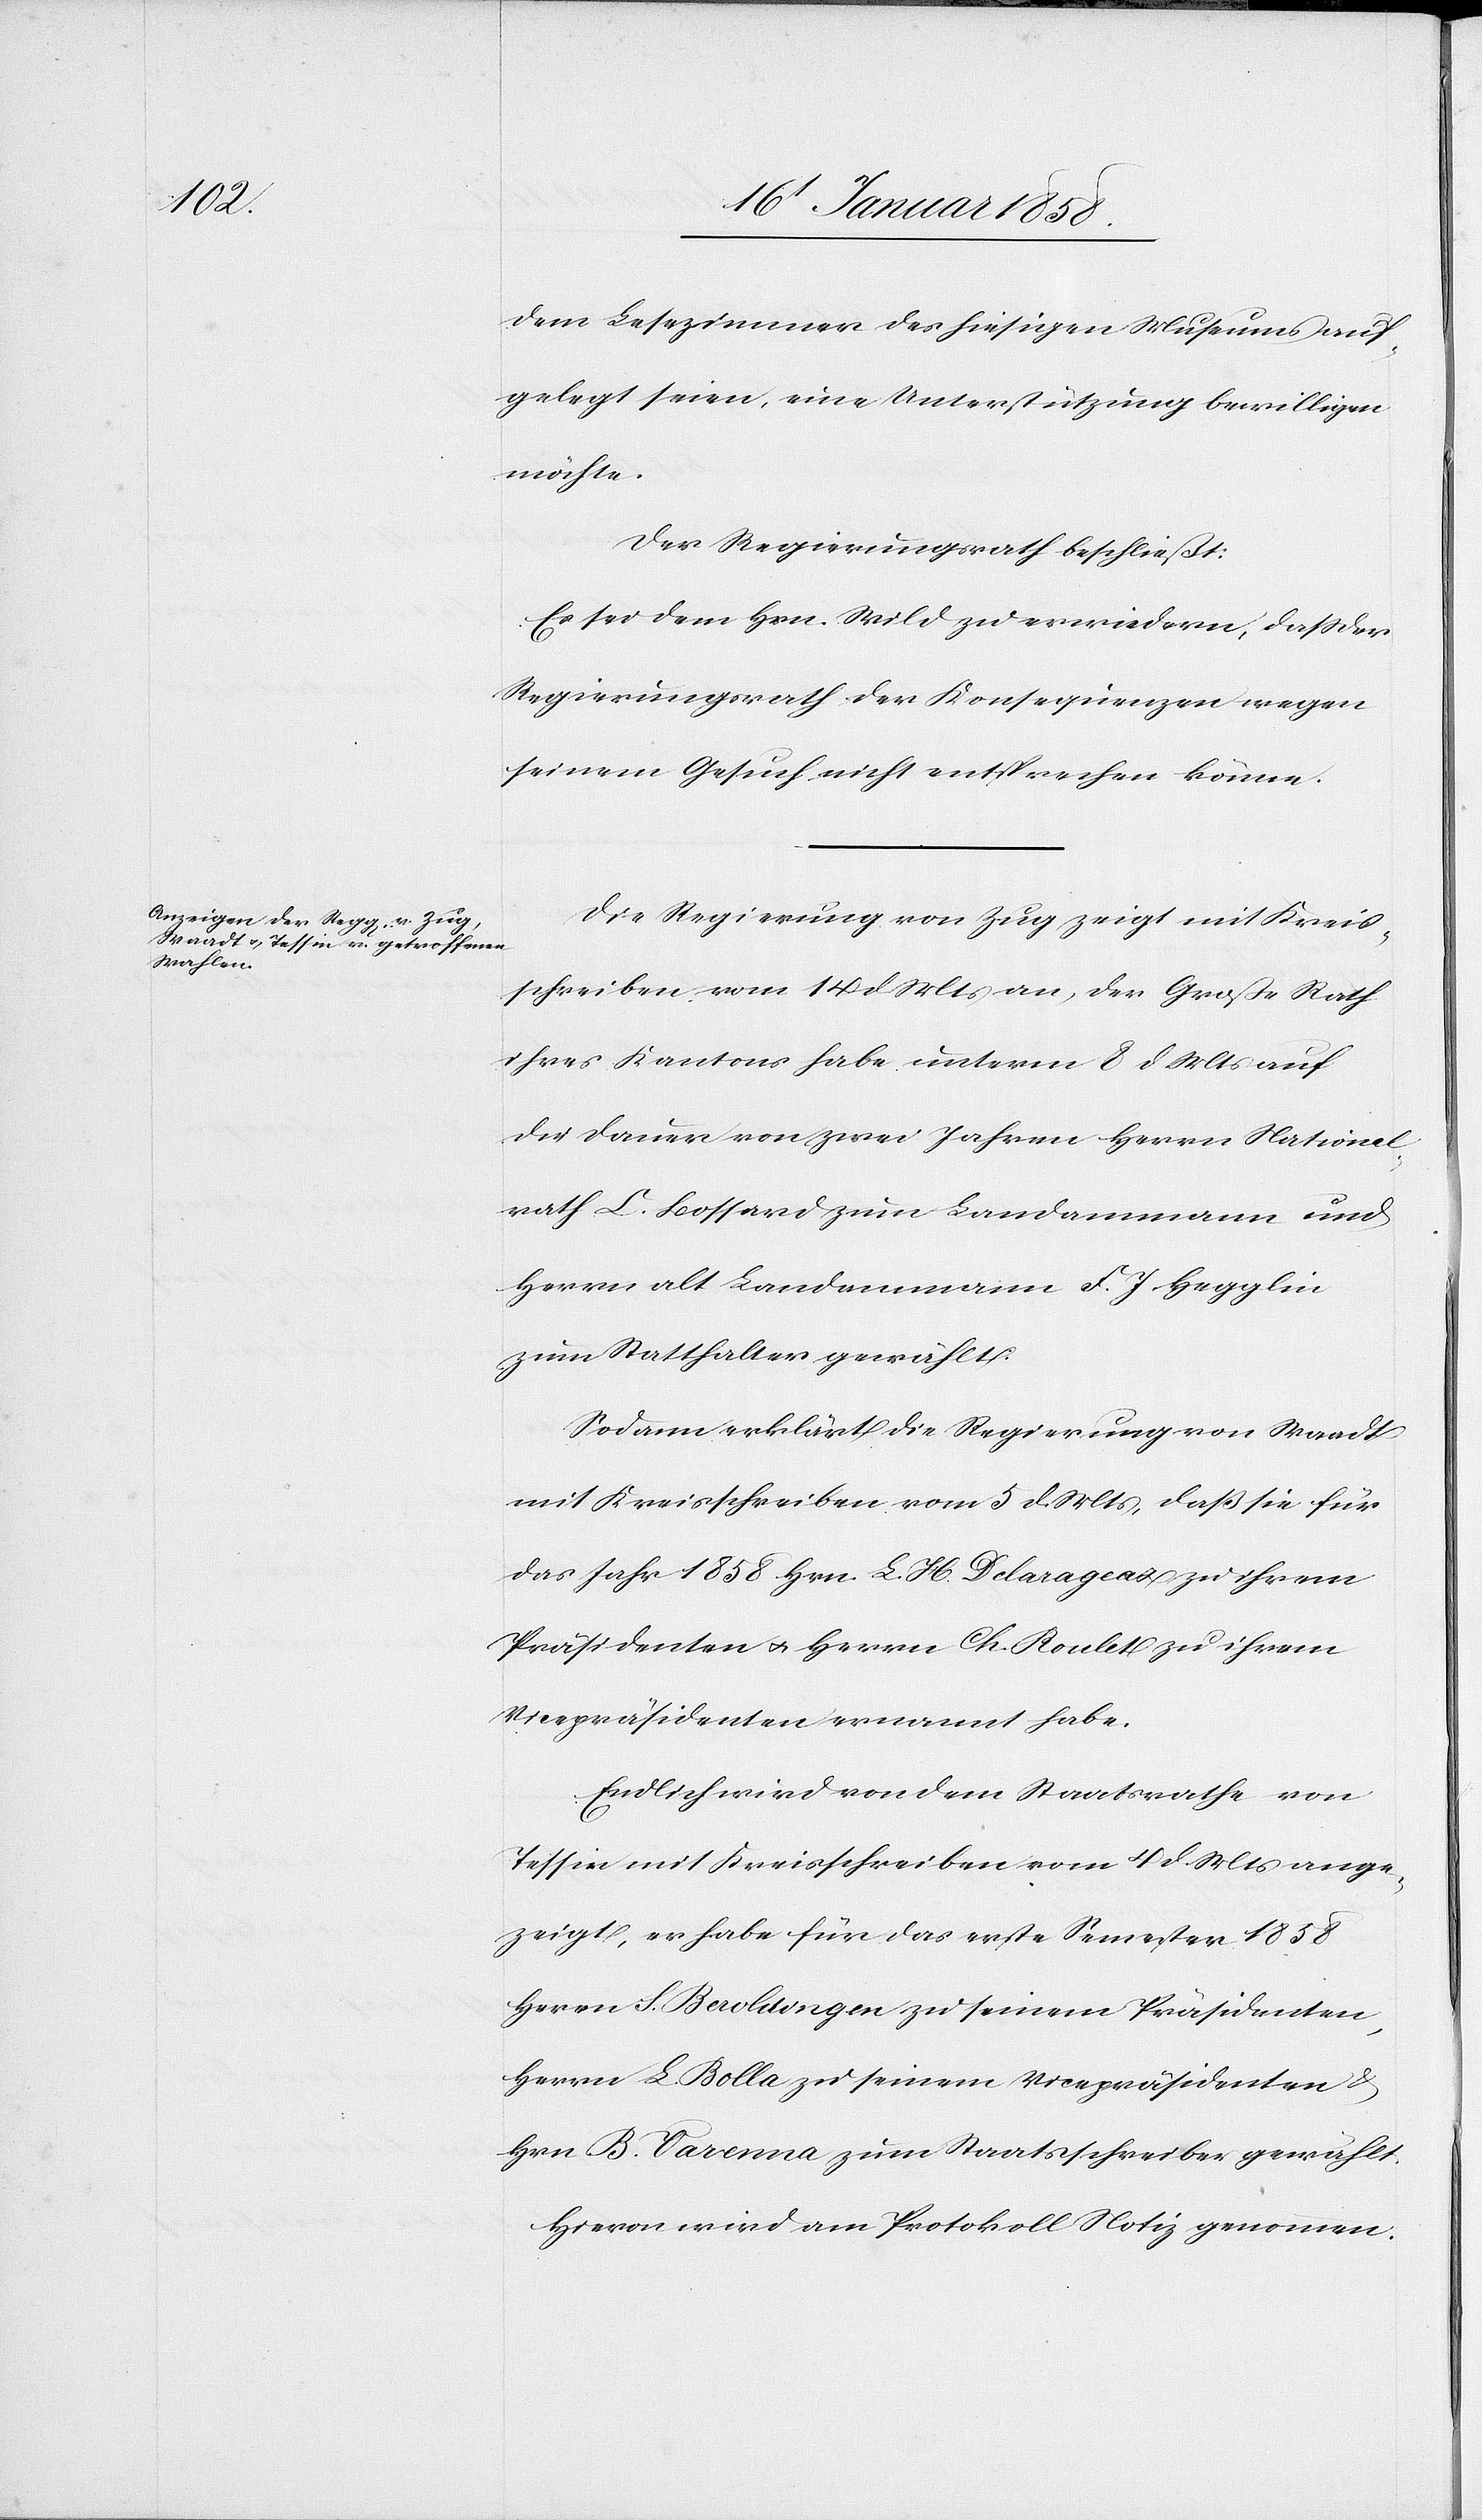
dem Lesezimmer des hiesigen Museums auf¬
gelegt seien, eine Unterstützung bewilligen
möchte.
Der Regierungsrath beschließt:
Es sei dem Hrn. Wild zu erwiedern, daß der
Regierungsrath der Konsequenzen wegen
seinem Gesuch nicht entsprechen könne.
Die Regierung von Zug zeigt mit Kreis¬
schreiben vom 14 d Mts an, der Große Rath
ihres Kantons habe unterm 8 d Mts auf
die Dauer von zwei Jahren Herrn National¬
rath C. Bossard zum Landammann und
Herrn alt Landammann F. J. Hegglin
zum Statthalter gewählt.
Sodann erklärt die Regierung von Waadt
mit Kreisschreiben vom 5 d Mts, daß sie für
das Jahr 1858 Hrn. L. H. Delarageaz zu ihrem
Präsidenten u. Herrn Ch. Roulet zu ihrem
Vicepräsidenten ernannt habe.
Endlich wird von dem Staatsrathe von
Tessin mit Kreisschreiben vom 4 d. Mts ange¬
zeigt, er habe für das erste Semester 1858
Herrn S. [?Berolitingen] zu seinem Präsidenten,
Herrn L. Bolla zu seinem Vicepräsidenten &
Hrn. B. Varenna zum Staatsschreiber gewählt.
Hievon wird am Protokoll Notiz genommen.